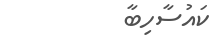
ކައުސާހިބާ